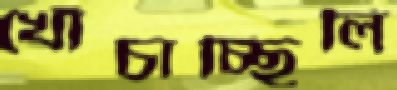
খোঁচাচ্ছিলি